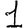
Digit: 1